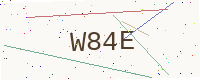
Text: W84E